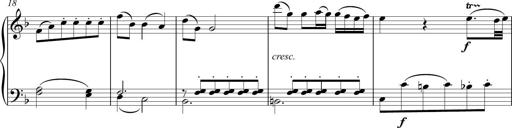
Title: Sonatina Vienesa al estilo de J.Haydn
Composer: JosÃ© RamÃ³n HernÃ¡ndez Bellido